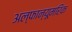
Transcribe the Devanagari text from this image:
अल्फान्यूमरिक